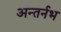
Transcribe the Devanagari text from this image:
अन्तर्नभ